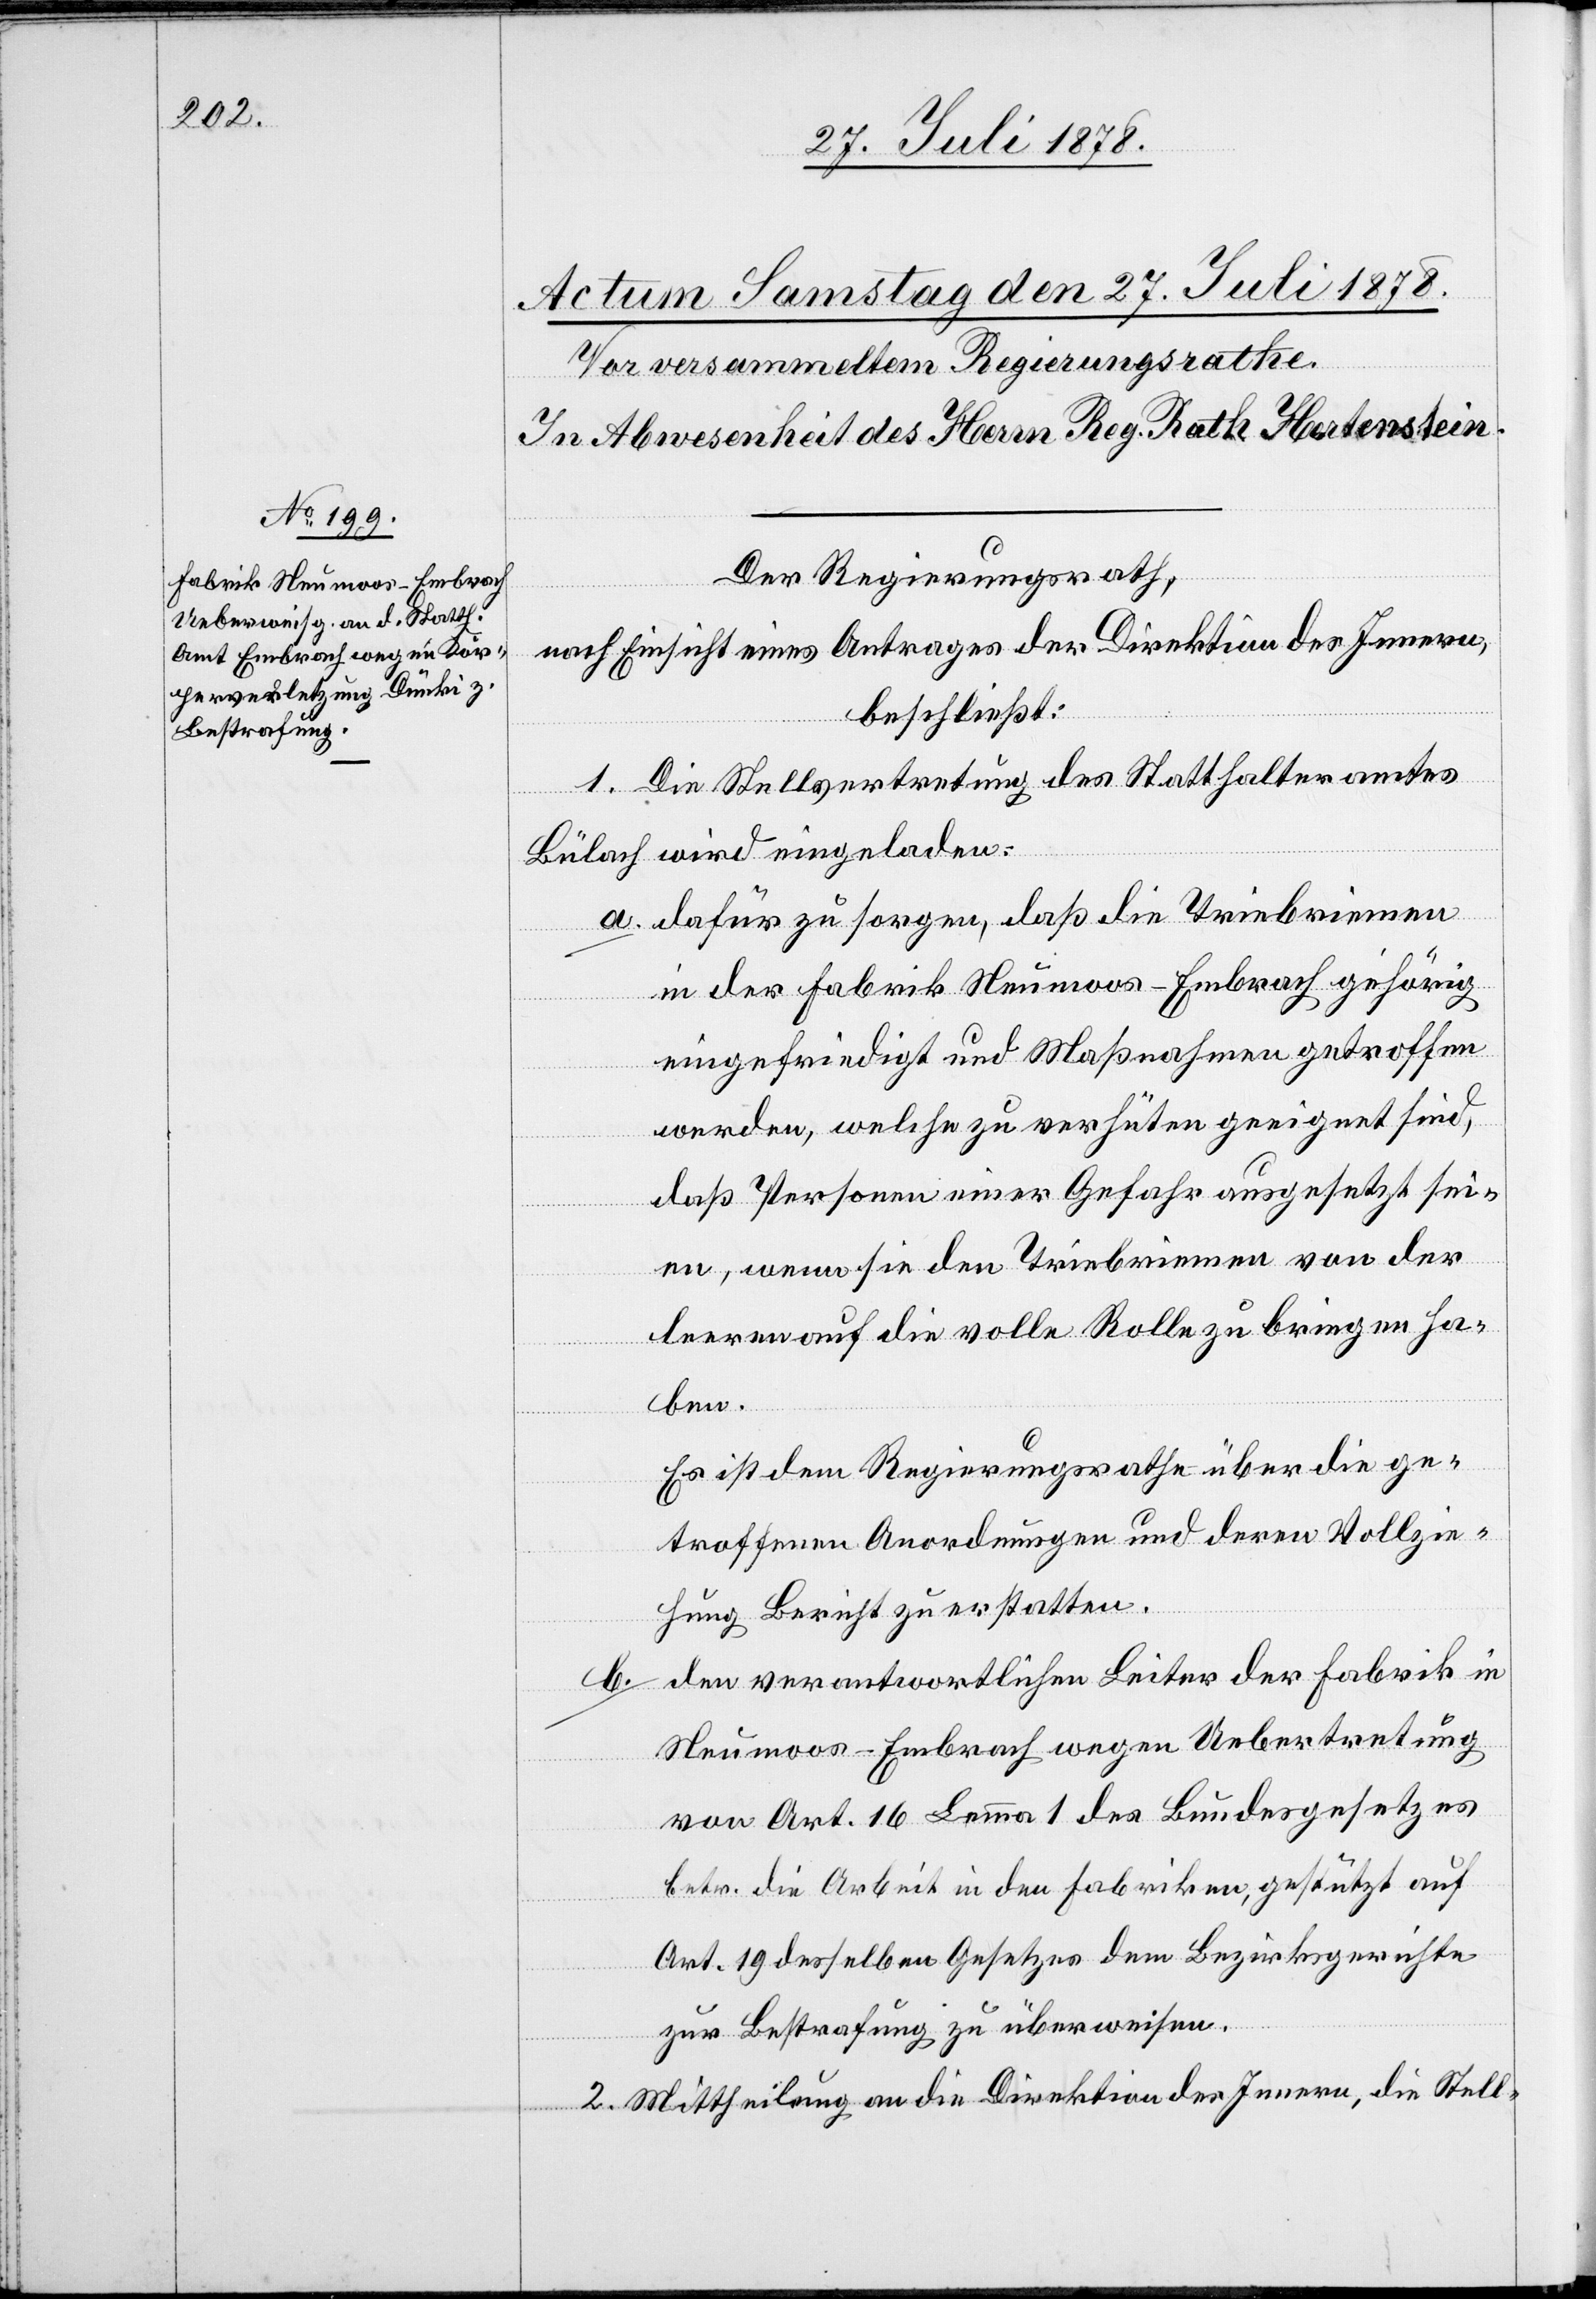
Der Regierungsrath,
nach Einsicht eines Antrages der Direktion des Innern,
beschließt:
1. Die Stellvertretung des Statthalteramtes
Bülach wird eingeladen:
dafür zu sorgen, daß die Triebriemen
in der Fabrik Neumoos - Embrach gehörig
eingefriedigt und Maßnahmen getroffen
werden, welche zu verhüten geeignet sind,
daß Personen einer Gefahr ausgesetzt sei¬
en, wenn sie den Triebriemen von der
leeren auf die volle Rolle zu bringen ha¬
ben.
Es ist dem Regierungsrath über die ge¬
troffenen Anordnungen und deren Vollzie¬
a.
hung Bericht zu erstatten.
den verantwortlichen Leiter der Fabrik in
b.
Neumoos - Embrach wegen Uebertretung
von Art. 16 Lemma 1 des Bundesgesetzes
betr. die Arbeit in den Fabriken, gestützt auf
Art. 19 desselben Gesetzes dem Bezirksgerichte
zur Bestrafung zu überweisen.
2. Mittheilung an die Direktion des Innern, die Stell-